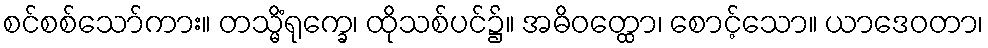
စင်စစ်သော်ကား။ တသ္မိံရုက္ခေ၊ ထိုသစ်ပင်၌။ အဓိဝတ္ထော၊ စောင့်သော။ ယာဒေဝတာ၊